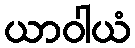
ယာဝါယံ